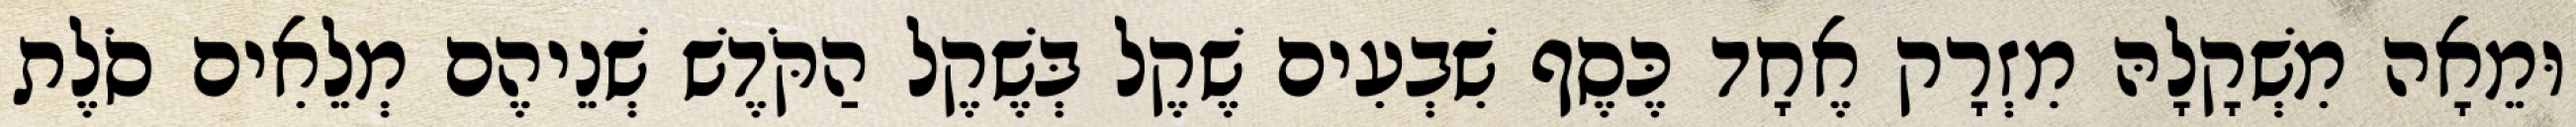
וּמֵאָה מִשְׁקָלָהּ מִזְרָק אֶחָד כֶּסֶף שִׁבְעִים שֶׁקֶל בְּשֶׁקֶל הַקֹּדֶשׁ שְׁנֵיהֶם מְלֵאִים סֹלֶת